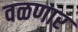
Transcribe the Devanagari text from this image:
वळणार